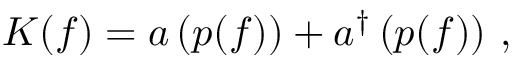
{ \cal K } ( f ) = a \left( p ( f ) \right) + a ^ { \dagger } \left( p ( f ) \right) \, ,